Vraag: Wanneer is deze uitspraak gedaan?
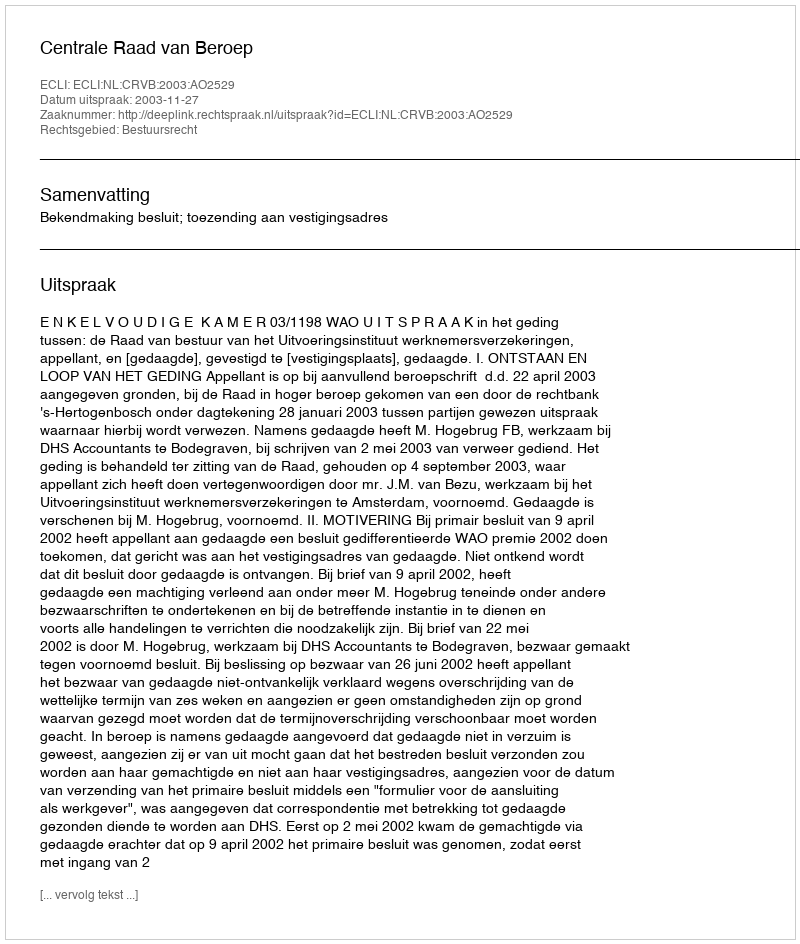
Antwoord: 2003-11-27